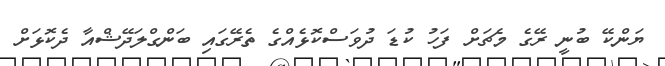
ޔަންކޭ ބުނީ ރޭގެ މެޗަށް ފަހު ކުޑަ ދުވަސްކޮޅެއްގެ ތެރޭގައި ބަންގްލަދޭޝްއާ ދެކޮޅަށް